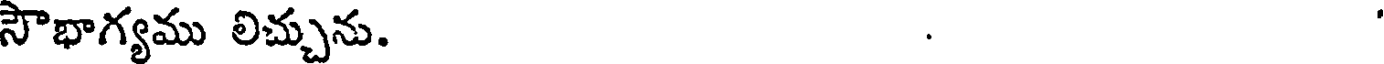
సౌభాగ్యము లిచ్చును.